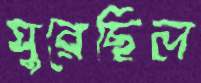
ঘুরেছিল